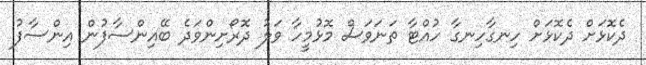
ދެކޮޅަށް ދެކޮޅަށް ހިނގާހިނގާ ހުއްޓާ ތަނަވަސް މޮޅުމީހާ ވަލު ދޮރޯށިންވަދެ ބޭއިންސާފުން އިންސާފު